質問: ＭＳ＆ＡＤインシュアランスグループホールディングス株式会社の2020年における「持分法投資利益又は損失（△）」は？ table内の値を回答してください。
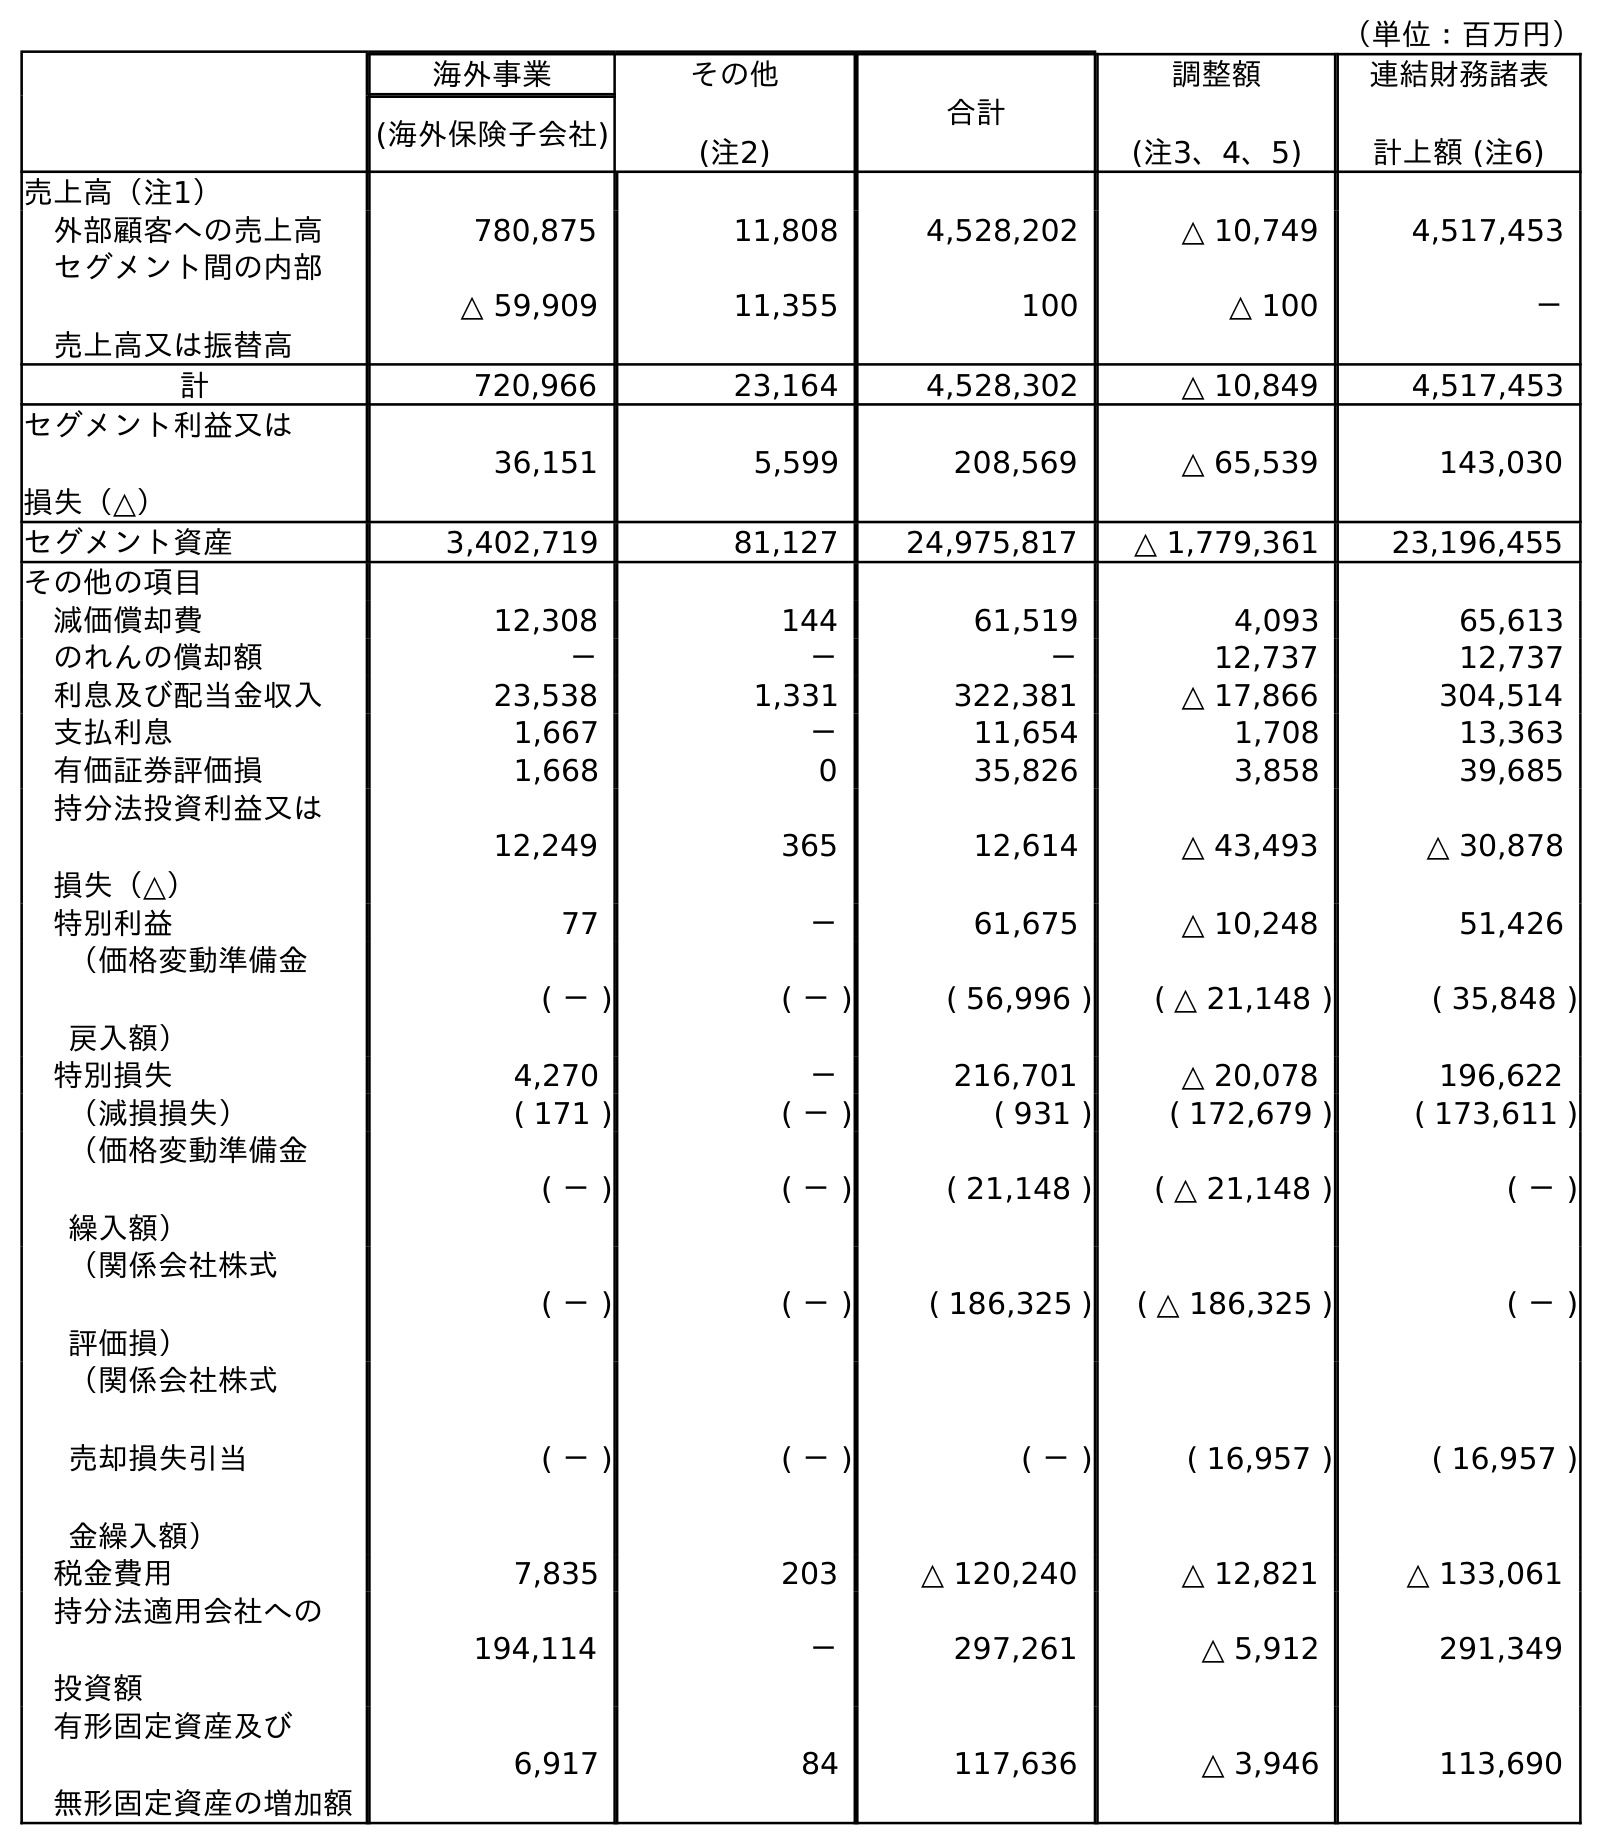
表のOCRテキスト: （単位：百万円） 海外事業 その他 (注2) 合計 調整額 (注3、4、5) 連結財務諸表 計上額 (注6) (海外保険子会社) 売上高（注1） 外部顧客への売上高 780,875 11,808 4,528,202 △ 10,749 4,517,453 セグメント間の内部 売上高又は振替高 △ 59,909 11,355 100 △ 100 － 計 720,966 23,164 4,528,302 △ 10,849 4,517,453 セグメント利益又は 損失（△） 36,151 5,599 208,569 △ 65,539 143,030 セグメント資産 3,402,719 81,127 24,975,817 △ 1,779,361 23,196,455 その他の項目 減価償却費 12,308 144 61,519 4,093 65,613 のれんの償却額 － － － 12,737 12,737 利息及び配当金収入 23,538 1,331 322,381 △ 17,866 304,514 支払利息 1,667 － 11,654 1,708 13,363 有価証券評価損 1,668 0 35,826 3,858 39,685 持分法投資利益又は 損失（△） 12,249 365 12,614 △ 43,493 △ 30,878 特別利益 77 － 61,675 △ 10,248 51,426 （価格変動準備金 戻入額） ( － ) ( － ) ( 56,996 ) ( △ 21,148 ) ( 35,848 ) 特別損失 4,270 － 216,701 △ 20,078 196,622 （減損損失） ( 171 ) ( － ) ( 931 ) ( 172,679 ) ( 173,611 ) （価格変動準備金 繰入額） ( － ) ( － ) ( 21,148 ) ( △ 21,148 ) ( － ) （関係会社株式 評価損） ( － ) ( － ) ( 186,325 ) ( △ 186,325 ) ( － ) （関係会社株式 売却損失引当 金繰入額） ( － ) ( － ) ( － ) ( 16,957 ) ( 16,957 ) 税金費用 7,835 203 △ 120,240 △ 12,821 △ 133,061 持分法適用会社への 投資額 194,114 － 297,261 △ 5,912 291,349 有形固定資産及び 無形固定資産の増加額 6,917 84 117,636 △ 3,946 113,690
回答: △30,878